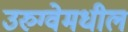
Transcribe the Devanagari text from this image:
उरुग्वेमधील